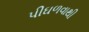
પીઘળવાથી